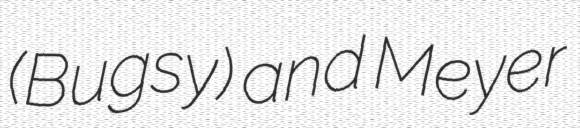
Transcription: (Bugsy) and Meyer